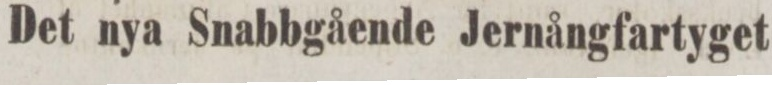
Det nya Snabbgående Jernångfartyget